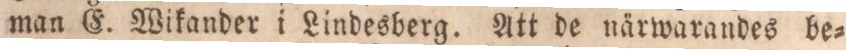
man E. Wikander i Lindesberg. Att de närwarandes be=